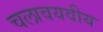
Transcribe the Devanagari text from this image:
चलावयवीय